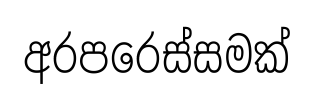
අරපරෙස්සමක්